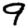
Digit: 9